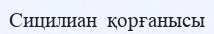
Сицилиан  қорғанысы